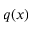
q ( x )